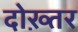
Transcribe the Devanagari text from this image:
दोख़्तर